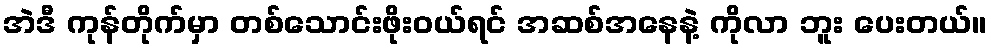
အဲဒီ ကုန်တိုက်မှာ တစ်သောင်းဖိုးဝယ်ရင် အဆစ်အနေနဲ့ ကိုလာ ဘူး ပေးတယ်။